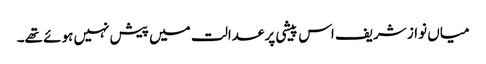
میاں نواز شریف اس پیشی پر عدالت میں پیش نہیں ہوئے تھے۔